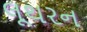
લૂથરન